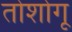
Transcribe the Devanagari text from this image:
तोशोगू